Report on enteric fever
Disease focus: Fever
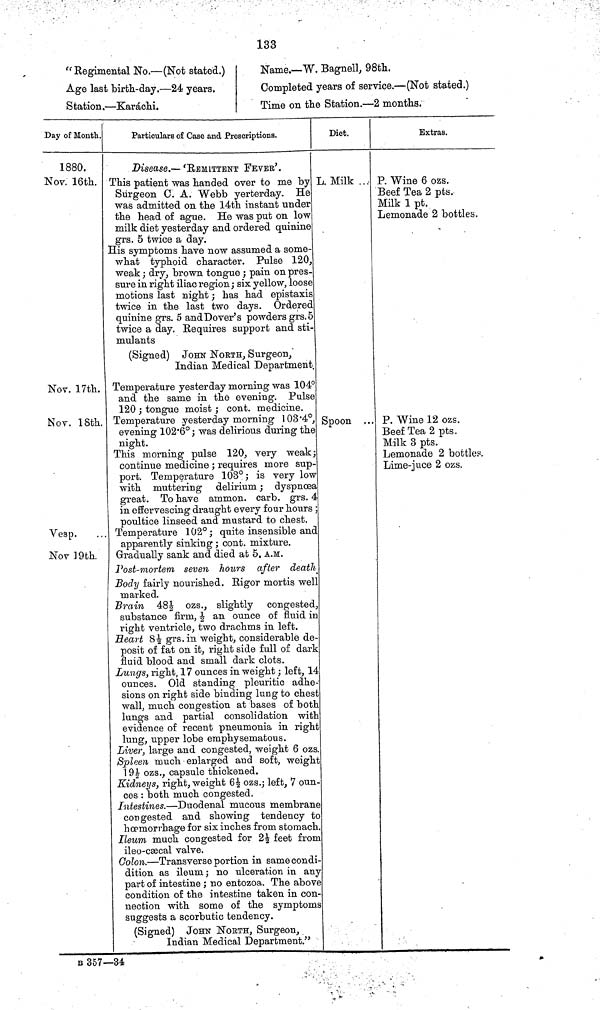
133
"Regimental No.—(Not stated.)
Age last birth-day.—24 years.
Station.—Karáchi.
Name.—W. Bagnell, 98th.
Completed years of service.—(Not stated.)
Time on the Station.—2 months.
Day of Month.
1880.
Nov. 16th.
Nov. 17th.
Nov. 18th.
Vesp.
Nov 19th.
Particulars of Case and Prescriptions.
Disease.—'REMITTENT FEVER'.
This patient was handed over to me by
Surgeon C. A. Webb yerterday. He
was admitted on the 14th instant under
the head of ague. He was put on low
milk diet yesterday and ordered quinine
grs. 5 twice a day.
His symptoms have now assumed a some-
what typhoid character. Pulse 120,
weak; dry, brown tongue; pain on pres-
sure in right iliac region; six yellow, loose
motions last night; has had epistaxis
twice in the last two days. Ordered
quinine grs. 5 and Dover's powders grs. 5
twice a day. Requires support and sti-
mulants
(Signed) JOHN NORTH, Surgeon,
Indian Medical Department
Temperature yesterday morning was 104°a
nd the same in the evening. Pulse
120 ; tongue moist ; cont. medicine.
Temperature yesterday morning 103 4°,
evening 102 6° ; was delirious during the
night.
This morning pulse 120, very weak
continue medicine ; requires more sup
port. Temperature 103° ; is very low
with muttering delirium ; dyspnoea
great. To have ammon. carb. grs. 4
in effervescing draught every four hours
poultice linseed and mustard to chest.
Temperature 102°; quite insensible and
apparently sinking ; cont. mixture.
Gradually sank and died at 5. A.M.
Post-mortem seven hours after death
Body fairly nourished. Rigor mortis well
marked.
Brain 48½ ozs., slightly congested
substance firm, ½ an ounce of fluid in
right ventricle, two drachms in left.
Heart 8½ grs. in weight, considerable de-
posit of fat on it, right side full of dark
fluid blood and small dark clots.
Lungs, right, 17 ounces in weight ; left, 14
ounces. Old standing pleuritic adhe-
sions on right side binding lung to chest
wall, much congestion at bases of both
lungs and partial consolidation wit]
evidence of recent pneumonia in right
lung, upper lobe emphysematous.
Liver, large and congested, weight 6 ozs.
Spleen much enlarged and soft, weight
19½ ozs., capsule thickened.
Kidneys, right, weight 6½ ozs.; left, 7 oun-
ces : both much congested.
Intestines.—Duodenal mucous membrane
congested and showing tendency to
hœmorrhage for six inches from stomach
Ileum much congested for 2½ feet from
ileo-cæcal valve.
Colon.—Transverse portion in same condi-
dition as ileum; no ulceration in any
part of intestine ; no entozoa. The above
condition of the intestine taken in con
nection with some of the symptom
suggests a scorbutic tendency.
(Signed) JOHN NORTH, Surgeon,
Indian Medical Department."
Diet.
L. Milk ...
Spoon ...
Extras.
P. Wine 6 ozs.
Beef Tea 2 pts.
Milk 1 pt.
Lemonade 2 bottles.
P. Wine 12 ozs.
Beef Tea 2 pts.
Milk 3 pts.
Lemonade 2 bottles.
Lime-juce 2 ozs.
a
B 357—34